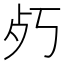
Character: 𭭿